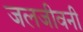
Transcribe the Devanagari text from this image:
जलजीवनी